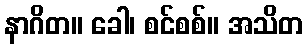
နာဂိတ။ ခေါ၊ စင်စစ်။ အသိတ